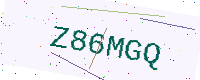
Text: Z86MGQ